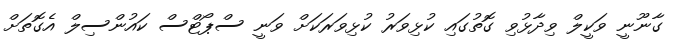
ގާނޫނީ ވަކީލް ވިދާޅުވި ގޮތުގައި ކުޅިވަރު ކުޅިވަރަކަށް ވަނީ ސްޕޯޓްސް ކައުންސިލް އެގޮތަށް